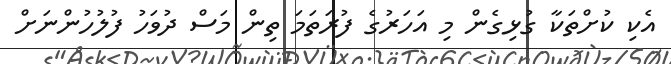
އެކި ކުށްތަކާ ގުޅިގެން މި އަހަރުގެ ފުރަތަމަ ތިން މަސް ދުވަހު ފުލުހުންނަށް